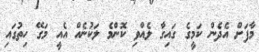
މާފަށް އެދެން ކަމީގެ ގައިގާ ލެއްވި ކޮންމެ ލަކުނެއް އެއީ މަގޭ ހިތުގައި